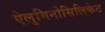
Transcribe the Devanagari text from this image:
ऐलुमिनोसिलिकेट